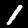
Digit: 1